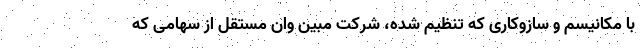
با مکانیسم و سازوکاری که تنظیم شده، شرکت مبین وان مستقل از سهامی که